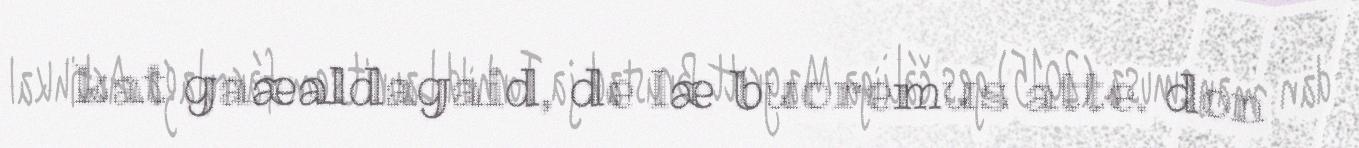
kat gaæaldagaid, de læ buoremus atte. don